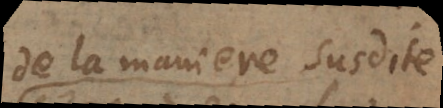
de la maniere susdite